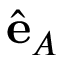
\hat { \mathbf { e } } _ { A }